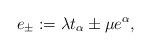
LaTeX: \begin{align*}e_{\pm} := \lambda t_\alpha \pm \mu e^{\alpha},\end{align*}